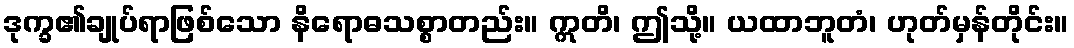
ဒုက္ခ၏ချုပ်ရာဖြစ်သော နိရောဓသစ္စာတည်း။ ဣတိ၊ ဤသို့။ ယထာဘူတံ၊ ဟုတ်မှန်တိုင်း။